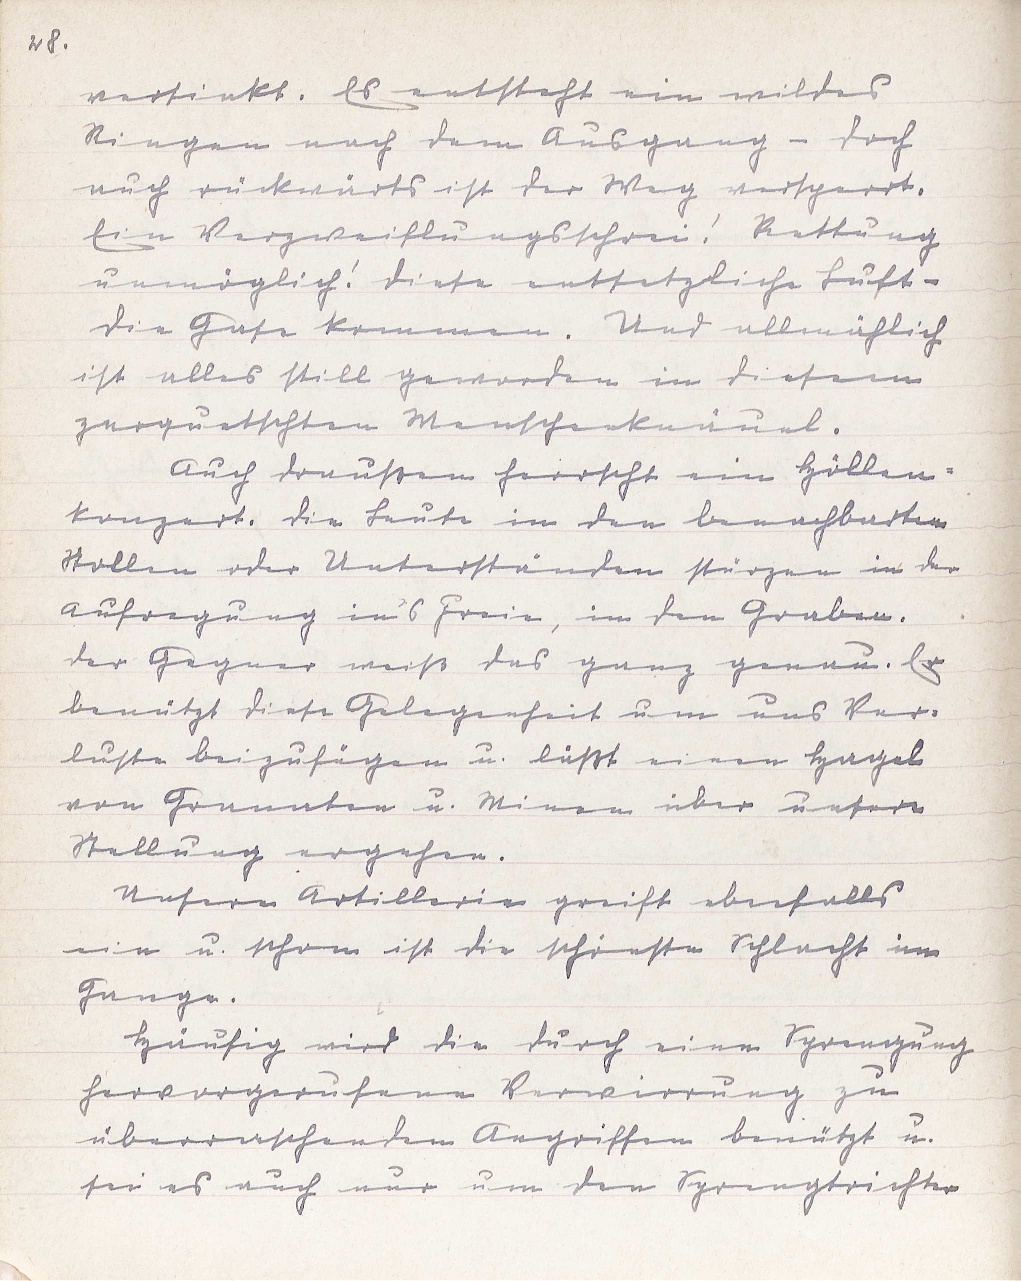
28.
versinkt. Es entsteht ein wildes
Ringen nach dem Ausgang - doch
auch rückwärts ist der Weg versperrt.
Ein Verzweiflungsschrei! Rettung
unmöglich! Diese entsetzliche Luft -
die Gase kommen. Und allmählich
ist alles still geworden in diesem
zerquetschten Menschenknäuel.
Auch draußen herrscht ein Höllen¬
konzert. Die Leute in den benachbarten
Stollen oder Unterständen stürzen in der
Aufregung in's Freie, in den Graben.
Der Gegner weiß das ganz genau. Er
benützt diese Gelegenheit um uns Ver¬
luste beizufügen u. läßt einen Hagel
von Granaten u. Minen über unsere
Stellung ergehen.
Unsere Artillerie greift ebenfalls
ein u. schon ist die schönste Schlacht im
Gange.
Häufig wird die durch eine Sprengung
hervorgerufene Verwirrung zu
überraschenden Angriffen benützt u.
sei es auch nur um den Sprengtrichter